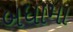
બધામા